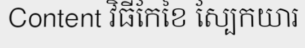
Content វិធីកែខៃ ស្បែកយារ